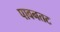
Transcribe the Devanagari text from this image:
पावनतट